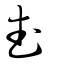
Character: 武